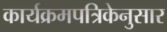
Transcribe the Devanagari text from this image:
कार्यक्रमपत्रिकेनुसार